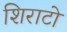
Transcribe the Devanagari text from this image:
शिराटो